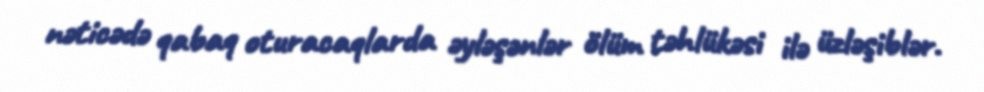
nəticədə qabaq oturacaqlarda əyləşənlər ölüm təhlükəsi ilə üzləşiblər.